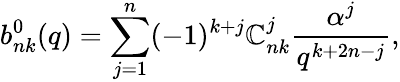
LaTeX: b_{nk}^{0}(q)=\sum_{j=1}^{n}(-1)^{k+j}\mathbb{C}_{nk}^{j}\frac{{\alpha^{j}}}{{q^{k+2n-j}}},